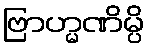
ဗြာဟ္မဏိမ္ပိ